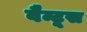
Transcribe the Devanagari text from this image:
वैन्टूस